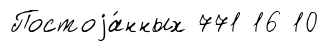
Постоjа́нных 771 16 10